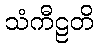
သံကီဠတိ